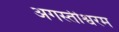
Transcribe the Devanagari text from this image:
अगस्तीश्वरम